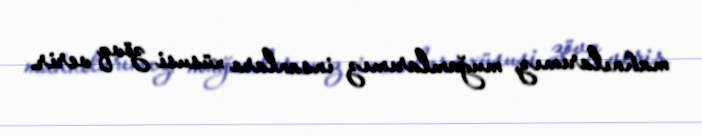
mahnılarımız, muğamlarımız insanlara xüsusi zövq verir.